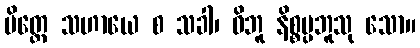
မိတ္တေ သဟာယေ စ သခါ၊ ဝိဘူ နိစ္စပ္ပဘူသု သော။